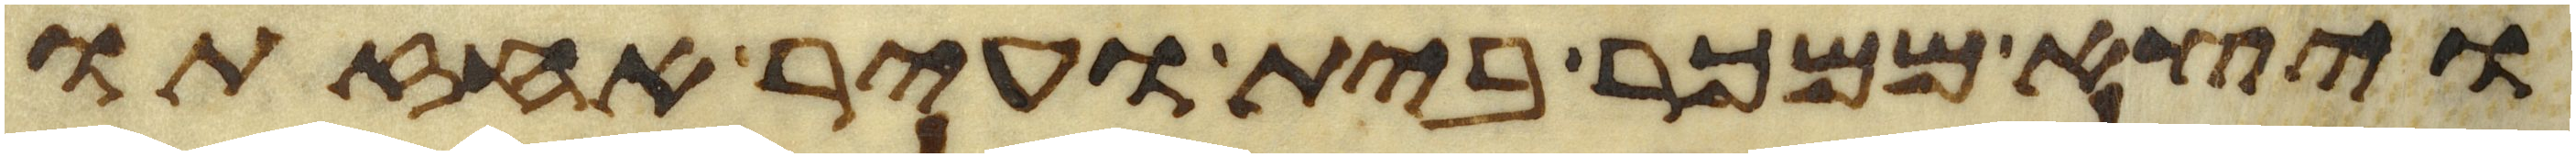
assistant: ויצא ממכר בית ועיר אחזתו